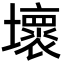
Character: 壞